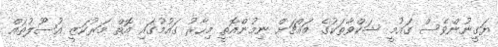
ޔަގީނުންވެސް ގައުމީ ޝަކްވާތަކުގެ މައްޗަށް ނިމުންއޮތީ މިހާރު ގައުމުގައި އޮތް މަރުކަޒީ އުސޫލުތައް